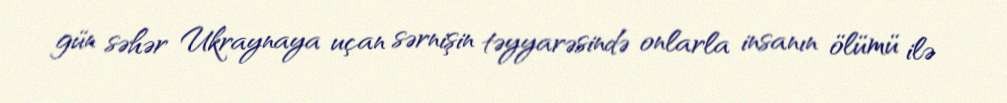
gün səhər Ukraynaya uçan sərnişin təyyarəsində onlarla insanın ölümü ilə